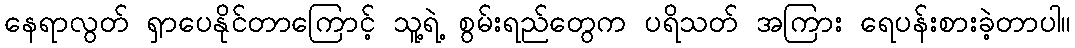
နေရာလွတ် ရှာပေနိုင်တာကြောင့် သူ့ရဲ့ စွမ်းရည်တွေက ပရိသတ် အကြား ရေပန်းစားခဲ့တာပါ။